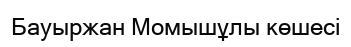
Бауыржан Момышұлы көшесі